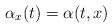
LaTeX: \begin{align*}\alpha_x (t)= \alpha(t,x)\end{align*}